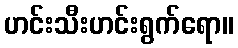
ဟင်းသီးဟင်းရွက်ရော။